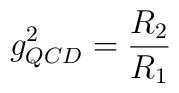
g^2_{QCD}=\frac{R_2}{R_1}